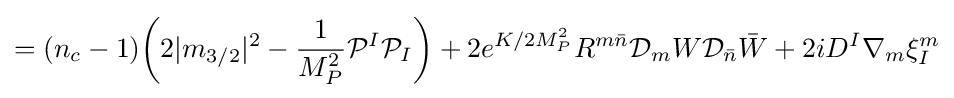
=(n_{c}-1){\bigg (}2|m_{3/2}|^{2}-{\frac {1}{M_{P}^{2}}}{\mathcal {P}}^{I}{\mathcal {P}}_{I}{\bigg )}+2e^{K/2M_{P}^{2}}R^{m{\bar {n}}}{\mathcal {D}}_{m}W{\mathcal {D}}_{\bar {n}}{\bar {W}}+2iD^{I}\nabla _{m}\xi _{I}^{m}